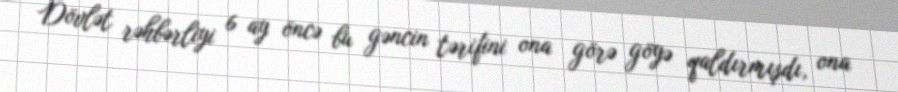
Dövlət rəhbərliyi 6 ay öncə bu gəncin tərifini ona görə göyə qaldırmışdı, ona